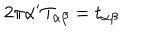
LaTeX: 2 \pi \alpha ^ { \prime } T _ { \alpha \beta } = t _ { \alpha \beta }